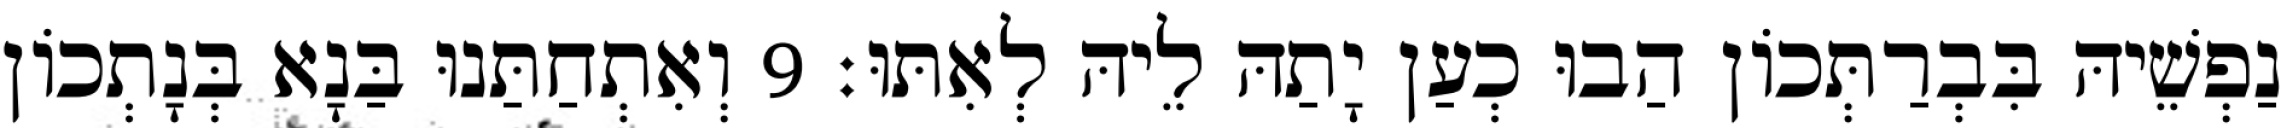
נַפְשֵׁיהּ בִּבְרַתְּכוֹן הַבוּ כְעַן יָתַהּ לֵיהּ לְאִתּוּ׃ 9 וְאִתְחַתַּנוּ בַּנָא בְּנָתְכוֹן